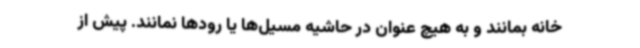
خانه بمانند و به هیچ عنوان در حاشیه مسیل‌ها یا رودها نمانند. پیش از